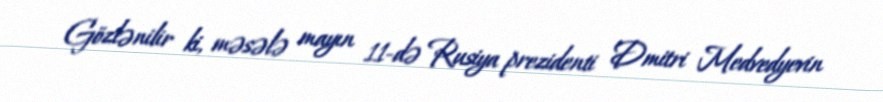
Gözlənilir ki, məsələ mayın 11-də Rusiya prezidenti Dmitri Medvedyevin